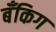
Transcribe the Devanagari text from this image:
बँकिग